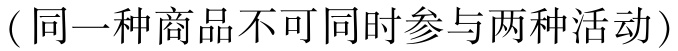
（同一种商品不可同时参与两种活动）